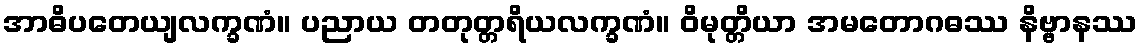
အာဓိပတေယျလက္ခဏံ။ ပညာယ တတုတ္တရိယလက္ခဏံ။ ဝိမုတ္တိယာ အမတောဂဓဿ နိဗ္ဗာနဿ